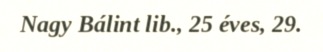
Nagy Bálint lib., 25 éves, 29.